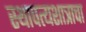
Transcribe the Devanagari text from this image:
स्थापत्यशात्राचा